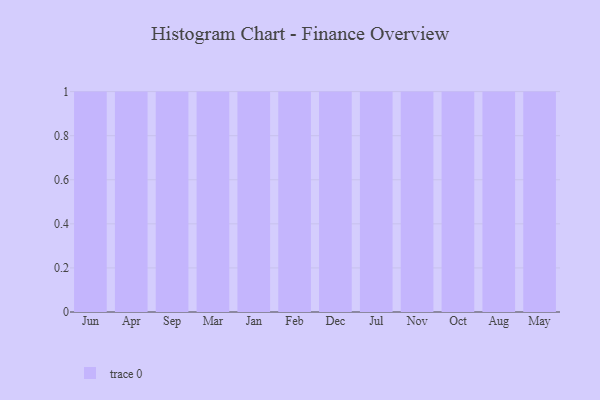
{"axis": {"x": "Month", "y": "Tickets Resolved"}, "legend": [""], "data": [{"x": "Jun", "y": 69, "type": ""}, {"x": "Apr", "y": 61, "type": ""}, {"x": "Sep", "y": 86, "type": ""}, {"x": "Mar", "y": 40, "type": ""}, {"x": "Jan", "y": 44, "type": ""}, {"x": "Feb", "y": 58, "type": ""}, {"x": "Dec", "y": 15, "type": ""}, {"x": "Jul", "y": 47, "type": ""}, {"x": "Nov", "y": 67, "type": ""}, {"x": "Oct", "y": 2, "type": ""}, {"x": "Aug", "y": 8, "type": ""}, {"x": "May", "y": 81, "type": ""}]}